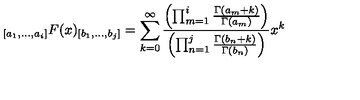
_ { [ a _ { 1 } , \ldots , a _ { i } ] } F ( x ) _ { [ b _ { 1 } , \ldots , b _ { j } ] } = \sum _ { k = 0 } ^ { \infty } \frac { \left( \prod _ { m = 1 } ^ { i } \frac { \Gamma ( a _ { m } + k ) } { \Gamma ( a _ { m } ) } \right) } { \left( \prod _ { n = 1 } ^ { j } \frac { \Gamma ( b _ { n } + k ) } { \Gamma ( b _ { n } ) } \right) } x ^ { k }